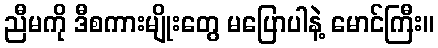
ညီမကို ဒီစကားမျိုးတွေ မပြောပါနဲ့ မောင်ကြီး။